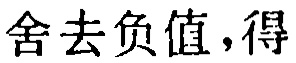
舍去负值，得